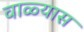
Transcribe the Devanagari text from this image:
वाळ्यास